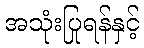
အသုံးပြုရန်နှင့်